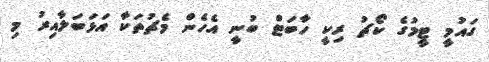
ގައުމީ ޓީމުގެ ކޯޗު ރިކީ ހާބަޓް ބުނީ އެހެން މެޗުތަކާ އަޅަބަލާއިރު މި